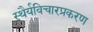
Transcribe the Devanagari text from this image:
स्थैर्यविचारप्रकरण